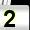
Digit: 2